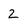
Character: 2